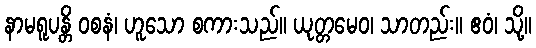
နာမရူပန္တိ ဝစနံ၊ ဟူသော စကားသည်။ ယုတ္တမေဝ၊ သာတည်း။ ဧဝံ၊ သို့။